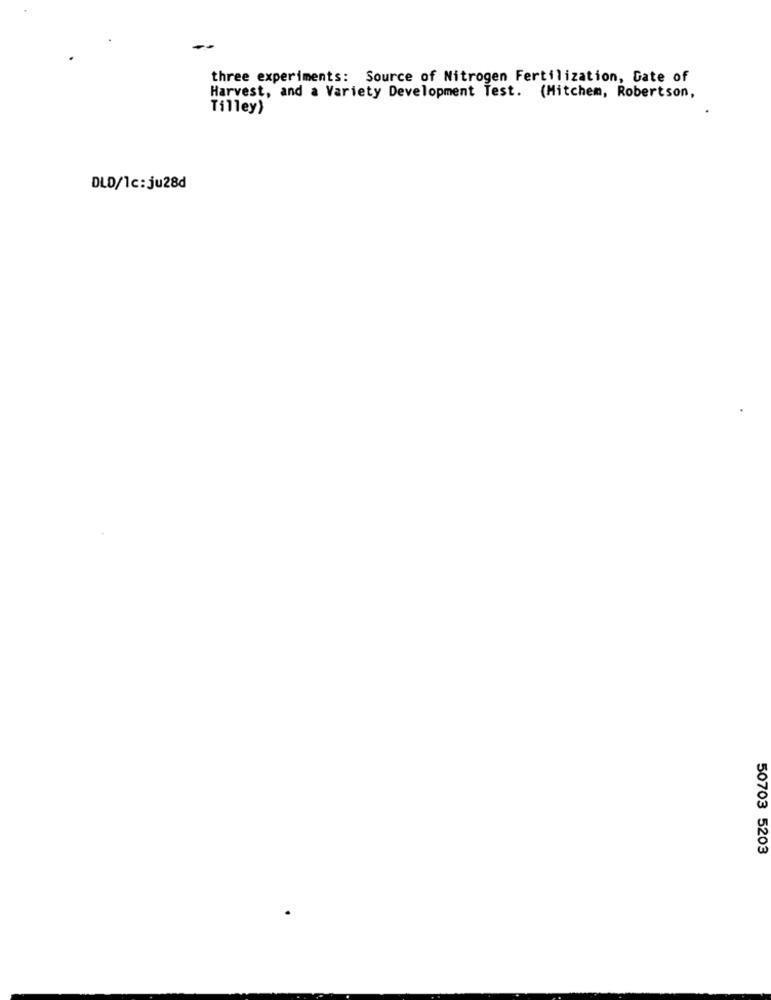
three experiments: Source of Nitrogen Fertilization, Gate of
Harvest, and a Variety Development Test. (Mitchem, Robertson,
Tilley)
DLD/1c: ju28d
50703 5203